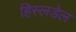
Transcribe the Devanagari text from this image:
हिस्लडेल